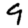
Digit: 9